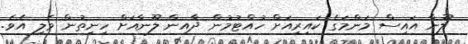
ލޫނާ އައިސް މަންމަގެ ކައިރިއަށް ހުއްޓުމުން ދާއިން ލޫނާއަށް ހިނިތުން ވެލި އެވެ.